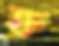
ফ